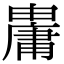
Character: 𤰋